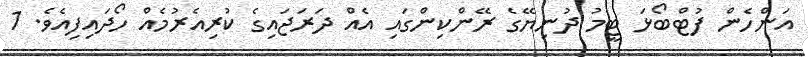
އަންހެން ފުޓްބޯޅަ ޓީމު ދުނިޔޭގެ ރޭންކިންގައި އެއް ދަރަޖައިގެ ކުރިއެރުމެއް ހޯދައިފިއެވެ. 1